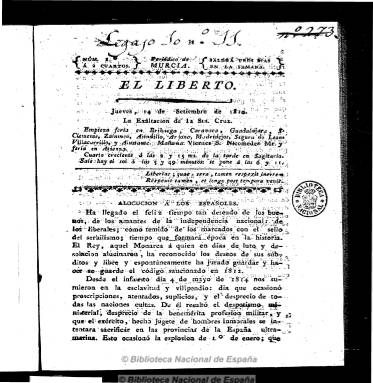
Título: El Liberto (Murcia)
Colección: Periódicos anteriores a 1850
Ámbito geográfico: Murcia
Lugar de publicación: Murcia
Fechas: 14/09/1820-30/03/1821

Subtitulado “periódico de Murcia”, publica, desde el 14 de septiembre de 1820 al 30 de marzo de 1821, un total de 85 números, generalmente de cuatro páginas, estampados en la imprenta de Sebastián Hernández Cerdán, que en la mayoría de los mismos se denomina Imprenta del Ciudadano Hernández. De carácter constitucionalista y liberal, comienza cada número con el santoral y unas notas meteorológicas, para a continuación ofrecer noticias particulares de Murcia, de España y del Extranjero, dedicándole una sección específica a las de América española. También inserta legislación, decretos, comunicados, proclamas, circulares, etc. e información de las Cortes, así como artículos comunicados y cartas de los lectores, y composiciones en verso.

Critica a la prensa servil y a algunos regulares y clérigos por sus actuaciones anticonstitucionales, lo que ha dado lugar a que sea tildado de anticlerical por Antonio Crespo. Da cuenta también de las reuniones de la Tertulia Patriótica de Murcia, así como de los precios de víveres y seda, pérdidas y hallazgos, y es interesante para conocer los avatares políticos del Trienio Liberal en Murcia y su provincia. Durante sus últimos números anunció la aparición de Diario constitucional de Murcia, que puede considerarse como continuador de El liberto, en cuya redacción intervino su propio impresor.